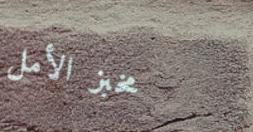
مخبز الأمل